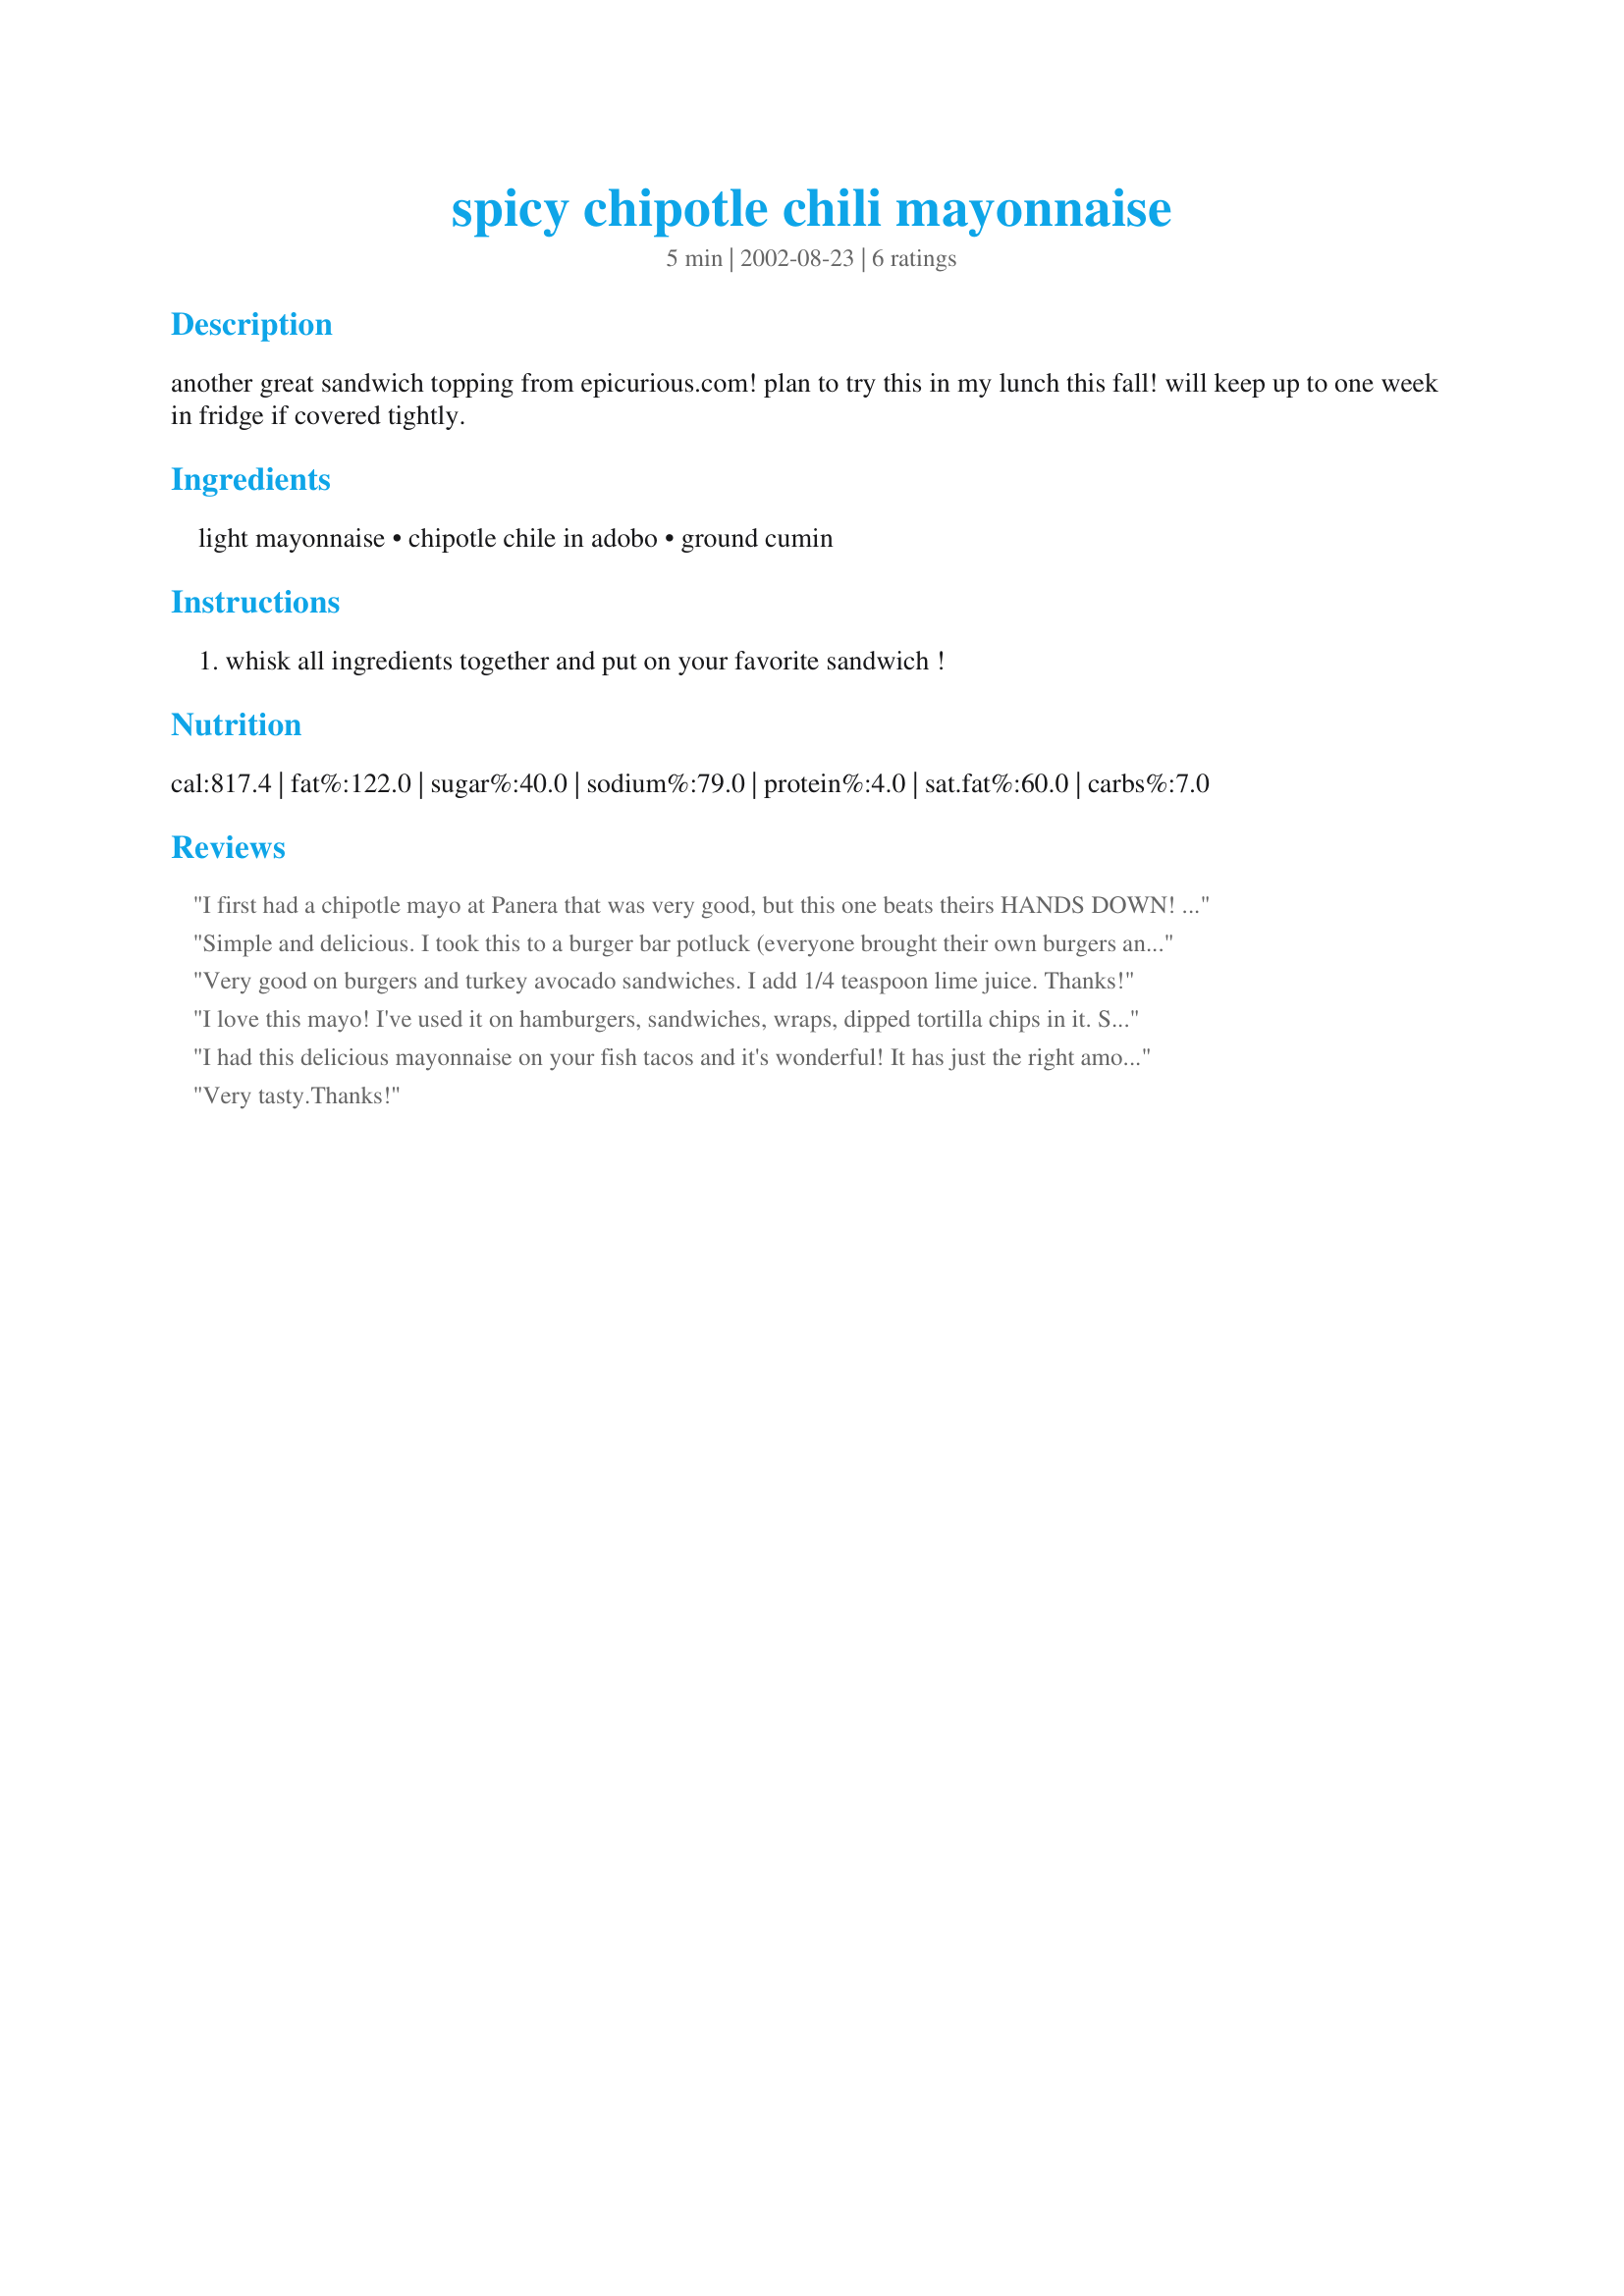
spicy chipotle chili mayonnaise
Preparation time: 5 minutes

another great sandwich topping from epicurious.com! plan to try this in my lunch this fall! will keep up to one week in fridge if covered tightly.

Ingredients:
light mayonnaise, chipotle chile in adobo, ground cumin

Steps:
whisk all ingredients together and put on your favorite sandwich !

Reviews:
I first had a chipotle mayo at Panera that was very good, but this one beats theirs HANDS DOWN! I first used it on top of a turkey and provelone sandwich on a rosemary-onion foccacia, then during the annual Labor Day BBQ, I laid the container out for my guests to use as they pleased and noticed that everyone ate it on top of their cheeseburgers! I also used it to make a very good cole slaw! Thanks for posting, and ENJOY!
Simple and delicious. I took this to a burger bar potluck (everyone brought their own burgers and then multiple toppings to share) and it was widely enjoyed on everything from chicken to veggie burgers to the traditional hamburger. Those who tried it with some pepperjack cheese were raving - I think that's for the extra brave :) Thanks for sharing!
Very good on burgers and turkey avocado sandwiches. I add 1/4 teaspoon lime juice. Thanks!
I love this mayo! I've used it on hamburgers, sandwiches, wraps, dipped tortilla chips in it. Sometimes I add a squeeze of lime. This would also make a really good mayo for chicken salad!
I had this delicious mayonnaise on your fish tacos and it's wonderful! It has just the right amount of flavor. My first thought after tasting it was that it would be perfect on a grilled burger. Thanks for posting!
Very tasty.Thanks!
